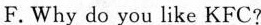
F.Why do you like KFC?